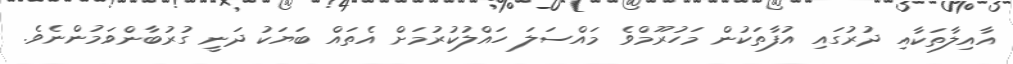
އާއިލާތަކާއި ދުރުގައި އުފާތަކުން މަހުރޫމްވެ މައްސަލަ ހައްލުކުރުމަށް އެތައް ބަޔަކު ދަނީ ގުރުބާންވަމުންނެވެ.